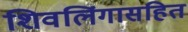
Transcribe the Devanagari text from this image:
शिवलिंगासहित